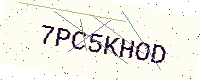
Text: 7PC5KHOD